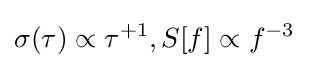
\sigma (\tau )\propto \tau ^{+1},S[f]\propto f^{-3}